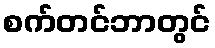
စက်တင်ဘာတွင်